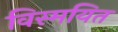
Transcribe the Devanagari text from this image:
विस्मयित